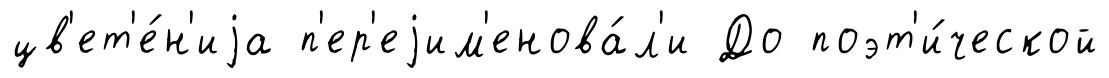
цв'ет'е́н'иjа п'ер'еjим'енова́л'и До поэт'и́ческой